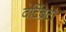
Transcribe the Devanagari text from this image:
वर्टिब्रेटा